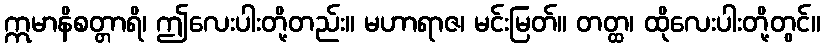
ဣမာနိစတ္တာရိ၊ ဤလေးပါးတို့တည်း။ မဟာရာဇ၊ မင်းမြတ်။ တတ္ထ၊ ထိုလေးပါးတို့တွင်။